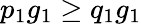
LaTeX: p_{1}g_{1}\geq q_{1}g_{1}